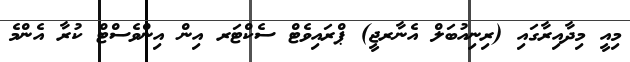
މިއީ މިދާއިރާގައި (ރިނިއުބަލް އެނާރޖީ) ޕްރައިވެޓް ސެކްޓަރ އިން އިންވެސްޓް ކުރާ އެންމެ